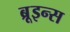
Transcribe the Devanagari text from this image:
ब्रूइन्स